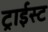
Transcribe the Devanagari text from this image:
ट्राईस्ट